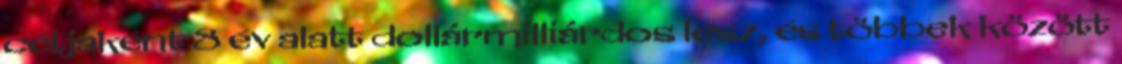
céljaként 8 év alatt dollármilliárdos lesz, és többek között